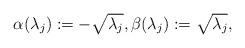
LaTeX: \begin{align*}\alpha(\lambda_j):=-\sqrt{\lambda_j}, \beta(\lambda_j) :=\sqrt{\lambda_j},\end{align*}